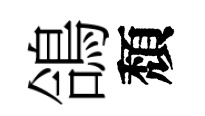
鴿頽